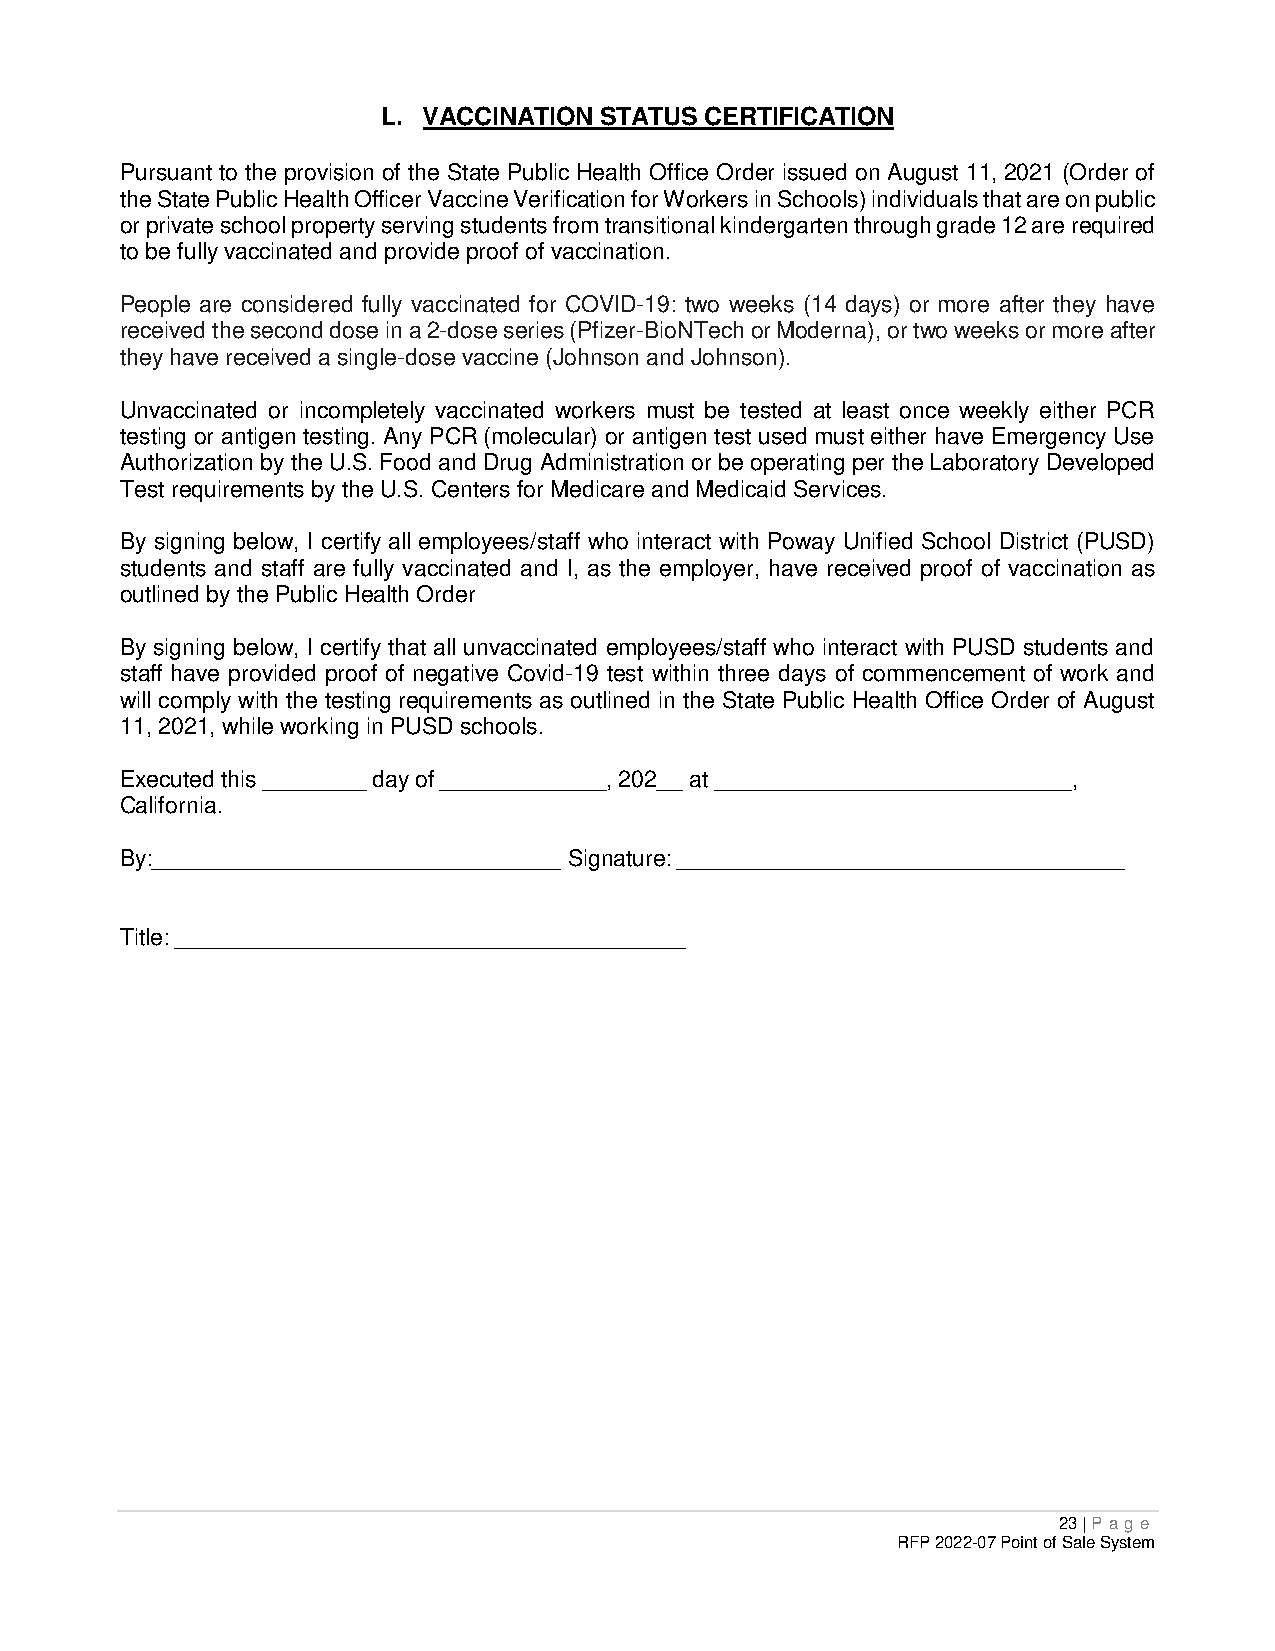
L. VACCINATION STATUS CERTIFICATION
 Pursuant to the provision of the State Public Health Office Order issued on August 11, 2021 (Order of
 the State Public Health Officer Vaccine Verification for Workers in Schools) individuals that are on public
 or private school property serving students from transitional kindergarten through grade 12 are required
 to be fully vaccinated and provide proof of vaccination.
 People are considered fully vaccinated for COVID-19: two weeks (14 days) or more after they have
 received the second dose in a 2-dose series (Pfizer-BioNTech or Moderna), or two weeks or more after
 they have received a single-dose vaccine (Johnson and Johnson).
 Unvaccinated or incompletely vaccinated workers must be tested at least once weekly either PCR
 testing or antigen testing. Any PCR (molecular) or antigen test used must either have Emergency Use
 Authorization by the U.S. Food and Drug Administration or be operating per the Laboratory Developed
 Test requirements by the U.S. Centers for Medicare and Medicaid Services.
 By signing below, I certify all employees/staff who interact with Poway Unified School District (PUSD)
 students and staff are fully vaccinated and I, as the employer, have received proof of vaccination as
 outlined by the Public Health Order
 By signing below, I certify that all unvaccinated employees/staff who interact with PUSD students and
 staff have provided proof of negative Covid-19 test within three days of commencement of work and
 will comply with the testing requirements as outlined in the State Public Health Office Order of August
 11, 2021, while working in PUSD schools.
 Executed this ________ day of _____________, 202__ at ____________________________,
 California.
 By:________________________________ Signature: ___________________________________
 Title: ________________________________________
 23 | P age
 RFP 2022-07 Point of Sale System